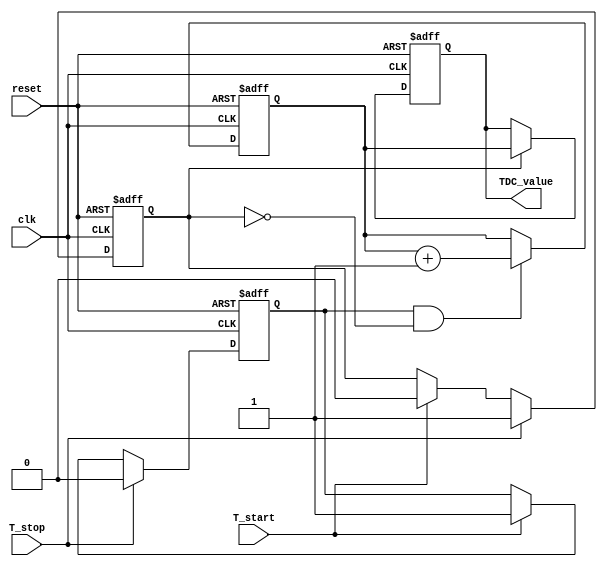
module TDC_Vernier_Delay_Lines (
    input wire clk,              // System clock
    input wire reset,            // Asynchronous reset
    input wire T_start,          // Start signal
    input wire T_stop,           // Stop signal
    output reg [15:0] TDC_value  // Digital output representation of time interval
);

    parameter DELAY_COUNT = 8;   // Number of delay elements
    parameter DELAY_INCREMENT = 1; // Delay increment (in clock cycles)
    reg [DELAY_COUNT-1:0] ref_delay_line;
    reg [DELAY_COUNT-1:0] meas_delay_line;
    reg [15:0] counter;          // Digital counter
    reg start_flag;              // Flag to indicate start of measurement
    reg stop_flag;               // Flag to indicate stop of measurement
    reg done;                    // Indicates measurement is done

    // Initialize registers and delay lines
    initial begin
        counter = 16'b0;
        TDC_value = 16'b0;
        ref_delay_line = 0;
        meas_delay_line = 0;
        start_flag = 0;
        stop_flag = 0;
        done = 0;
    end

    // Delay Line Implementation
    always @(posedge clk or posedge reset) begin
        if (reset) begin
            ref_delay_line <= 0;
            meas_delay_line <= 0;
        end else begin
            ref_delay_line <= {ref_delay_line[DELAY_COUNT-2:0], 1'b1}; // Shift in the reference
            if (start_flag) begin
                meas_delay_line <= {meas_delay_line[DELAY_COUNT-2:0], 1'b1}; // Shift in the measurement
            end
        end
    end

    // Counter implementation
    always @(posedge clk or posedge reset) begin
        if (reset) begin
            counter <= 0;
        end else if (start_flag && !stop_flag) begin
            counter <= counter + 1; // Increment counter if measuring
        end
    end

    // Start and stop flag logic
    always @(posedge clk or posedge reset) begin
        if (reset) begin
            start_flag <= 0;
            stop_flag <= 0;
        end else begin
            if (T_start) begin
                start_flag <= 1;  // Set start flag on T_start
                stop_flag <= 0;   // Reset stop flag
            end
            if (T_stop) begin
                stop_flag <= 1;   // Set stop flag on T_stop
                start_flag <= 0;  // Reset start flag
            end
        end
    end

    // Measurement completion and output assignment
    always @(posedge clk or posedge reset) begin
        if (reset) begin
            TDC_value <= 0;
            done <= 0;
        end else if (stop_flag) begin
            done <= 1; // Mark measurement as done
            TDC_value <= counter; // Store the counter value as the digital output
        end else begin
            done <= 0; // Reset done flag if not stopped
        end
    end

endmodule